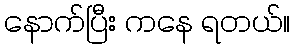
နောက်ပြီး ကနေ ရတယ်။